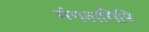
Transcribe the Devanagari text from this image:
मंगलगिरि